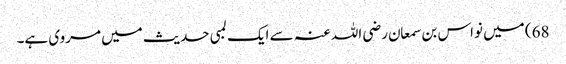
68) میں نواس بن سمعان رضی اللہ عنہ سے ایک لمبی حدیث میں مروی ہے۔